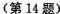
（第14题）